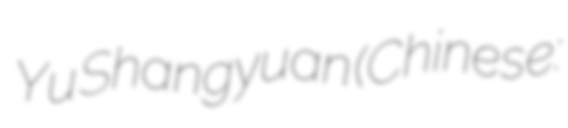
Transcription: Yu Shangyuan (Chinese: